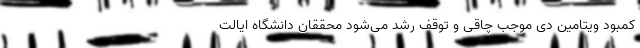
کمبود ویتامین دی موجب چاقی و توقف رشد می‌شود محققان دانشگاه ایالت